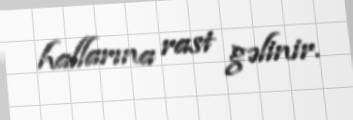
hallarına rast gəlinir.